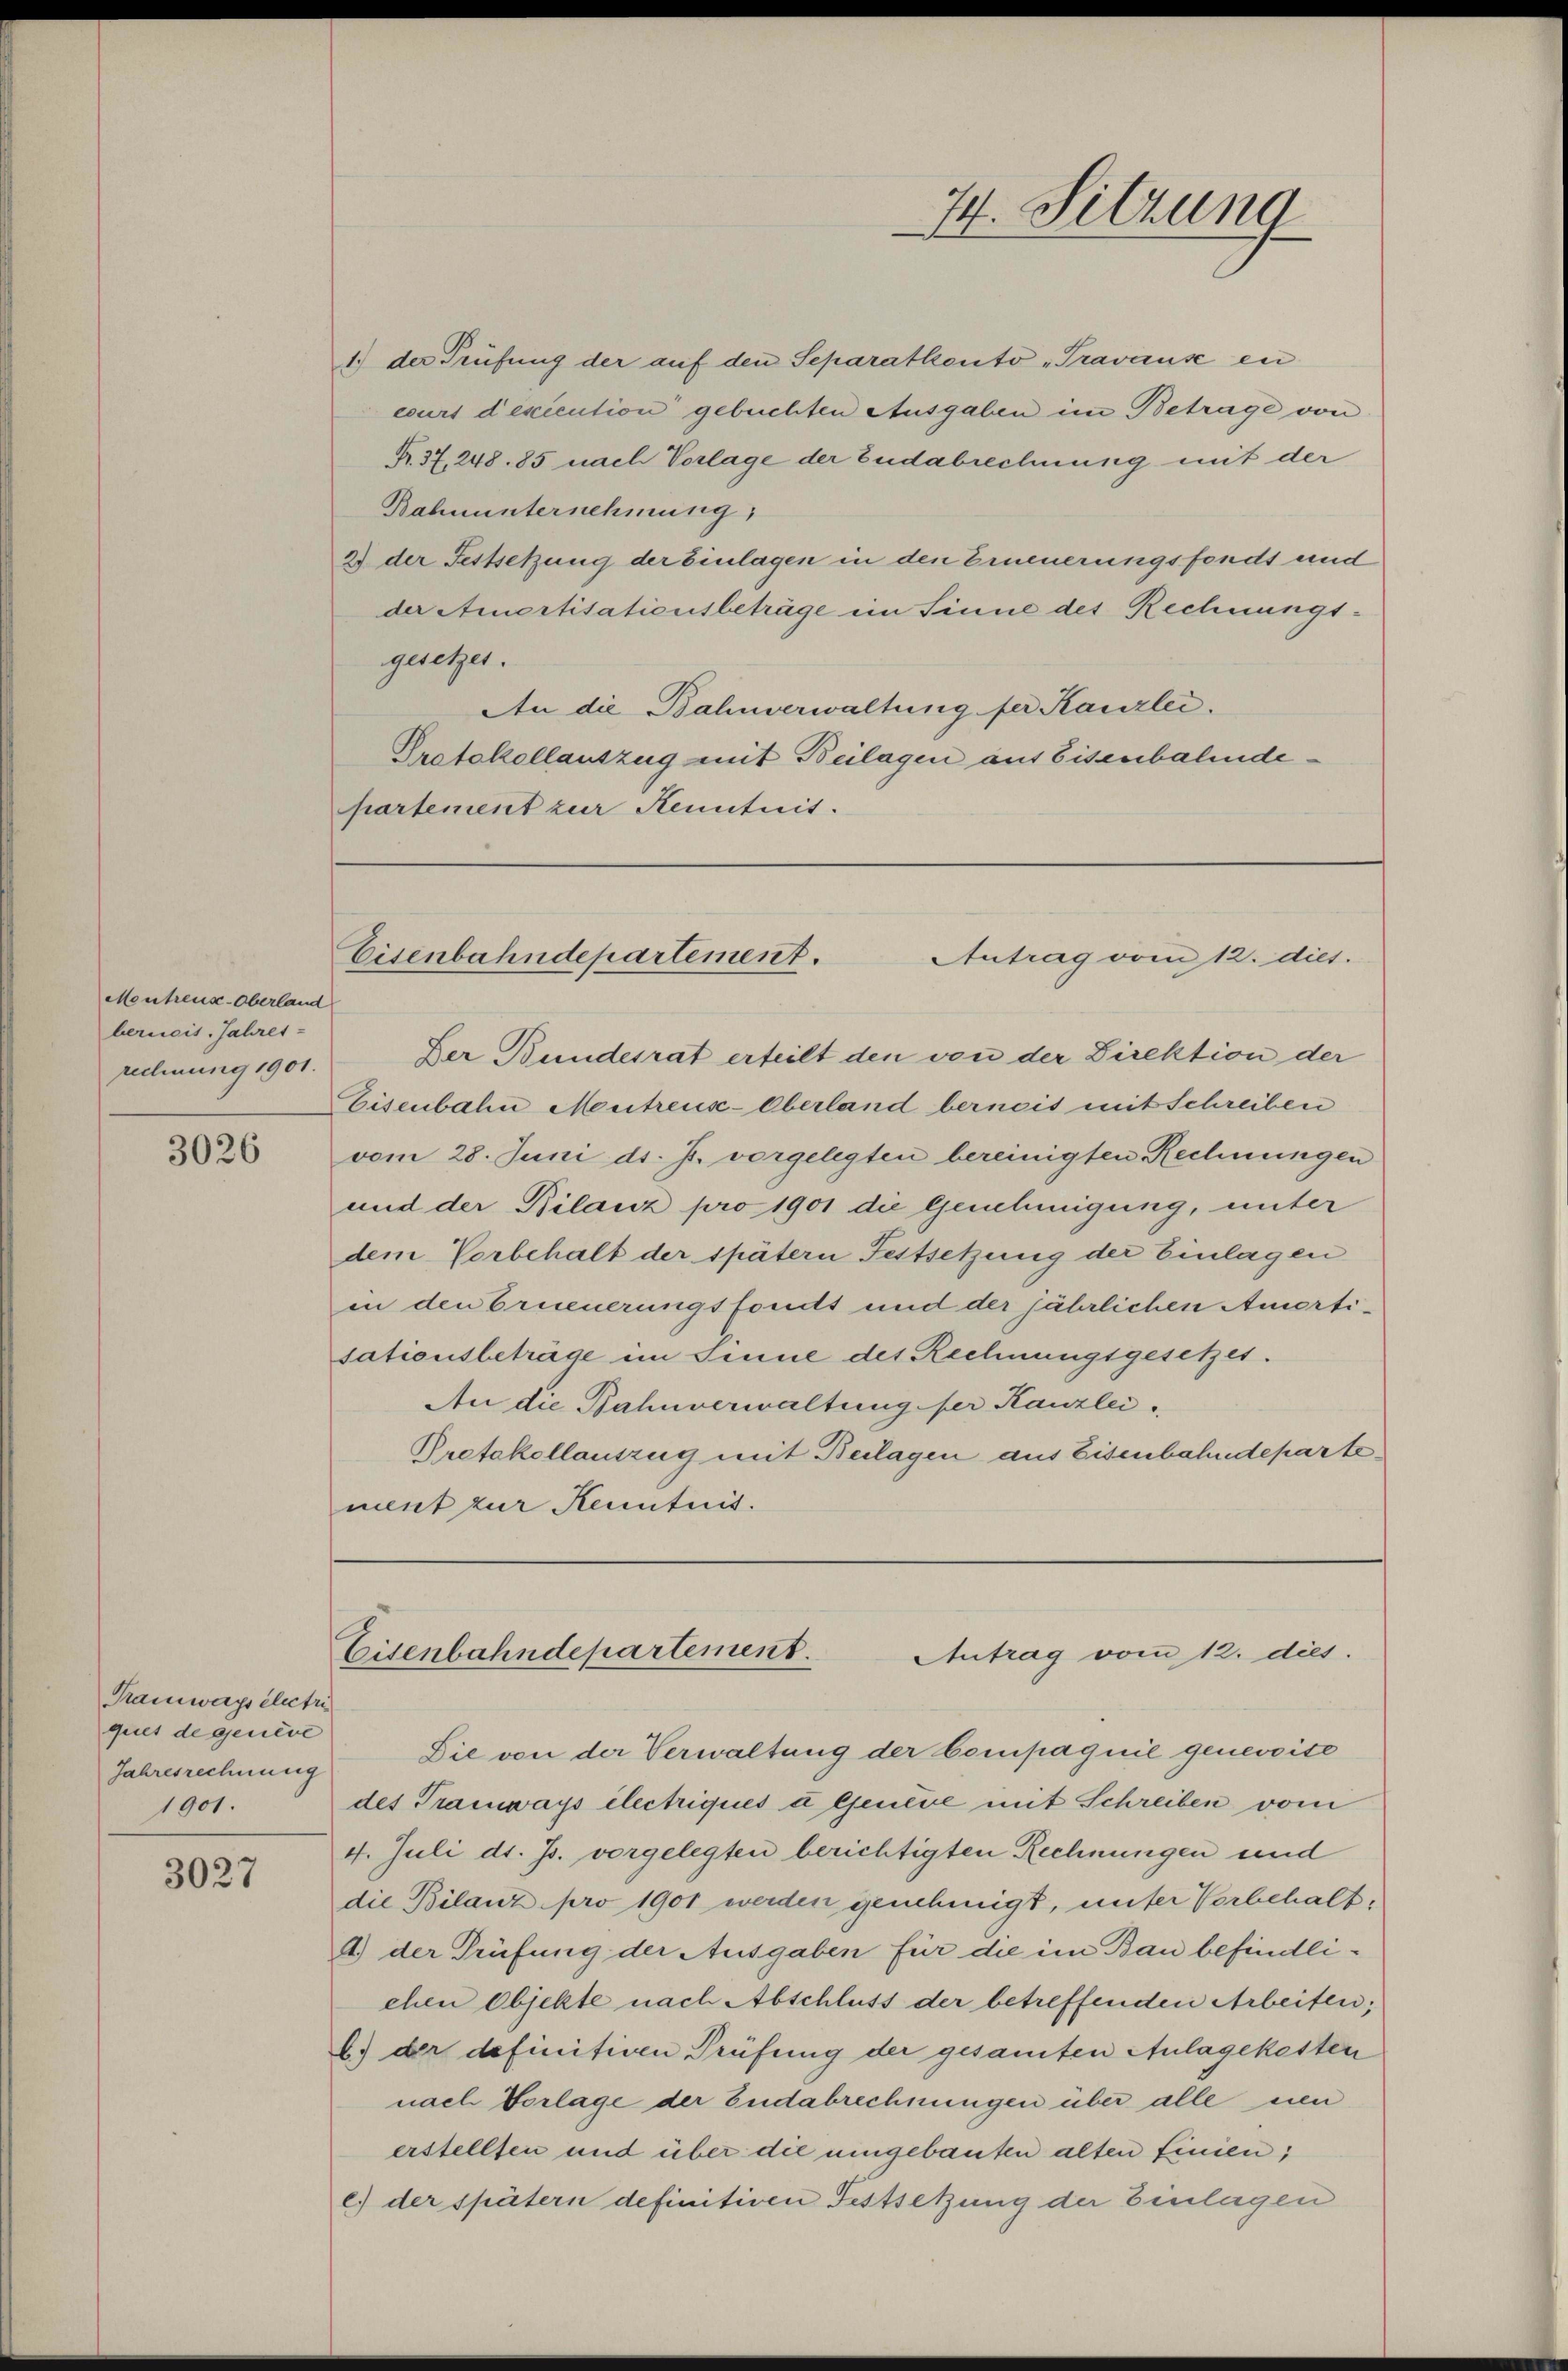
Montreus-Oberland
berneis. Jahres-
rechnung 1901.

3026

Kamways électri
ques de Genève
Jahresrechnung
1901.

3027

1.) der Prüfung der auf den Separatkonto „Pravause en
ecurs deviention gebuchten Ausgaben im Betrage von
R. 37, 248. 85 nach Vorlage der Eudabrechnung mit der
Bahnunternehmung,
2) der Festsetzung der Einlagen in den Erneuerungsfonds und
der Amortisationsbeträge im Sinne des Rechnungs-
gesetzes.
An die Bahnverwaltung der Kanzlei.
Protokollauszug mit Beilagen aus Eisenbahndepartement zur Kenntnis.

Der Bundesrat erteilt den von der Direktion der
Eisenbahn Mentreus-Oberland bereit mit Schreiben
vom 28. Juni d. J. vorgelegten bereinigten Rechnungen
und der Bilanz pro 1901 die Genehmigung, unter
dem Vorbehalt der spätern Festsetzung der Einlagen
in den Erneuerungsfonds und der jährlichen Amerti-
sationsbeträge im Sinne des Rechnungsgesetzes.
An die Bahnverwaltung der Kanzlei
Protokollauszug mit Beilagen aus Eisenbahndepartement zur Kenntnis.

Die von der Verwaltung der Compagnie genevoite
des Tramways électriques u Geneue mit Schreiben vom
4. Juli d. Js. vorgelegten berichtigten Rechnungen und
die Bilanz pro 1901 werden genehmigt, unter Vorbehalta.) der Prüfung der Ausgaben für die im Bau befindlichen Objekte nach Abschluss der betreffenden Arbeiten;
b) der definitiven Prüfung der gesamten Anlagekasten
nach Vorlage der Eudabrechnungen über alle neu
erstellten und über die umgebauten alten finien;
E. der spätern definitiven Festsetzung der Einlagen

74. Sitzung

Eisenbahndepartement.
Antrag vom 12. dies.

Eisenbahndepartement.
Antrag vom 12. dies